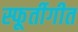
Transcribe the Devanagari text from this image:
स्फूर्तीगीत